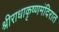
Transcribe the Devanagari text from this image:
श्रीराधाकृष्णमंदिरात